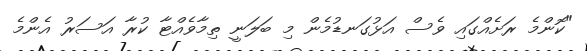
"ކޮންމެ ރަށެއްގައި ވެސް އަޅުގަނޑުމެން މި ބަލަނީ ތިމާވެއްޓާ ކުރާ އަސަރު އެންމެ